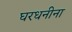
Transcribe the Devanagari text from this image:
घरधनीना